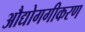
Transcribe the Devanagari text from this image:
औद्योगगीकरण